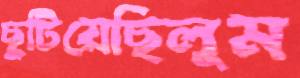
ছুটিয়েছিলুম